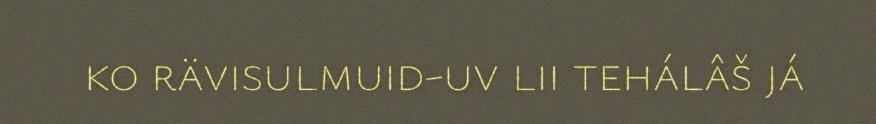
ko rävisulmuid-uv lii tehálâš já